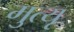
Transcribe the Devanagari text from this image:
मुत्यृ